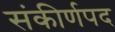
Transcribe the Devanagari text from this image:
संकीर्णपद